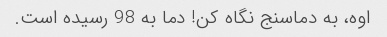
اوه، به دماسنج نگاه کن! دما به 98 رسیده است.